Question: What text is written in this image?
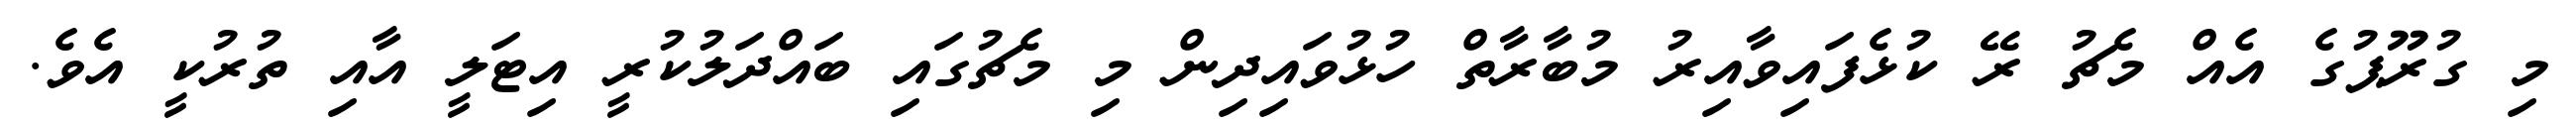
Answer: މި ގުރޫޕުގެ އެއް މެޗު ރޭ ކުޅެފައިވާއިރު މުބާރާތް ހުޅުވައިދިން މި މެޗުގައި ބައްދަލުކުރީ އިޓަލީ އާއި ތުރުކީ އެވެ.